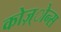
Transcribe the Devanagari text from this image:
कोज़्ोन्स